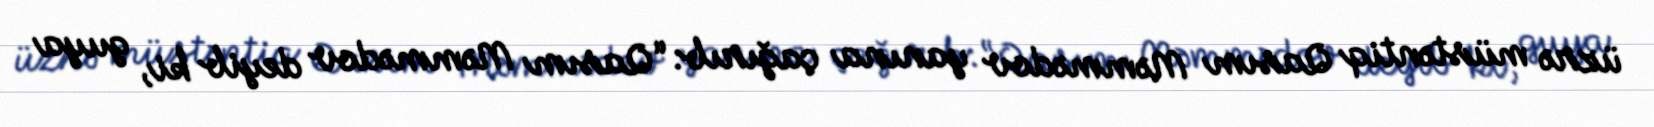
üzrə müstəntiq Qasım Məmmədov yanına çağırıb: “Qasım Məmmədov deyib ki, guya